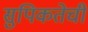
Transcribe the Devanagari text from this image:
सुपिकतेची